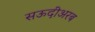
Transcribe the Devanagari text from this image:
सऊदीअरब